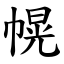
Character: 幌